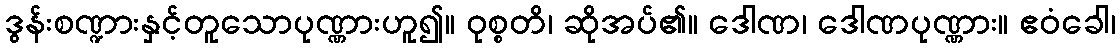
ဒွန်းစဏ္ဍားနှင့်တူသောပုဏ္ဏားဟူ၍။ ဝုစ္စတိ၊ ဆိုအပ်၏။ ဒေါဏ၊ ဒေါဏပုဏ္ဏား။ ဧဝံခေါ၊